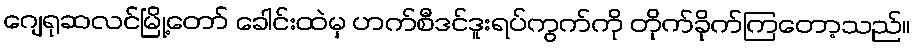
ဂျေရုဆလင်မြို့တော် ခေါင်းထဲမှ ဟက်စီဒင်ဒူးရပ်ကွက်ကို တိုက်ခိုက်ကြတော့သည်။